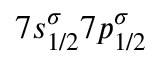
7 s _ { 1 / 2 } ^ { \sigma } 7 p _ { 1 / 2 } ^ { \sigma }